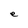
Character: e